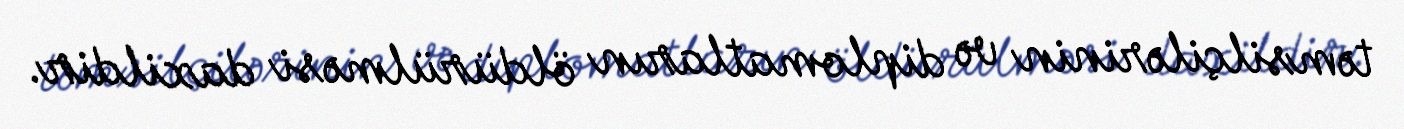
təmsilçilərinin və diplomatların öldürülməsi daxildir.